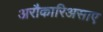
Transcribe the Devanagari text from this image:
अरौकारिअसाए